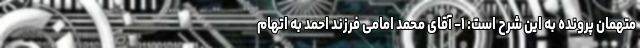
متهمان پرونده به این شرح است: ۱- آقای محمد امامی فرزند احمد به اتهام